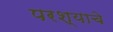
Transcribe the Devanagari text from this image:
परश्याचे